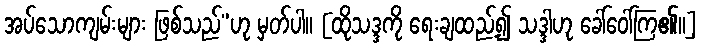
အပ်သောကျမ်းများ ဖြစ်သည်”ဟု မှတ်ပါ။ [ထိုသဒ္ဒကို ရေးချထည့်၍ သဒ္ဒါဟု ခေါ်ဝေါ်ကြ၏။]